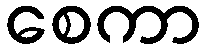
စေကာ